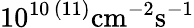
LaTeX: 10^{10\, (11)}\mathrm{{cm}^{-2}\mathrm{{s}^{-1}}}